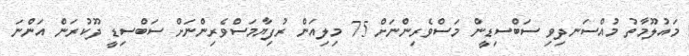
މައުލޫމާތު މުއްސަނދިވި ސަބްސިޑީން މަސްވެރިންނަށް 75 މިލިއަން ރުފިޔާމަސްވެރިންނަށް ސަބްސިޑީ ދޫކުރަން އަންނަ